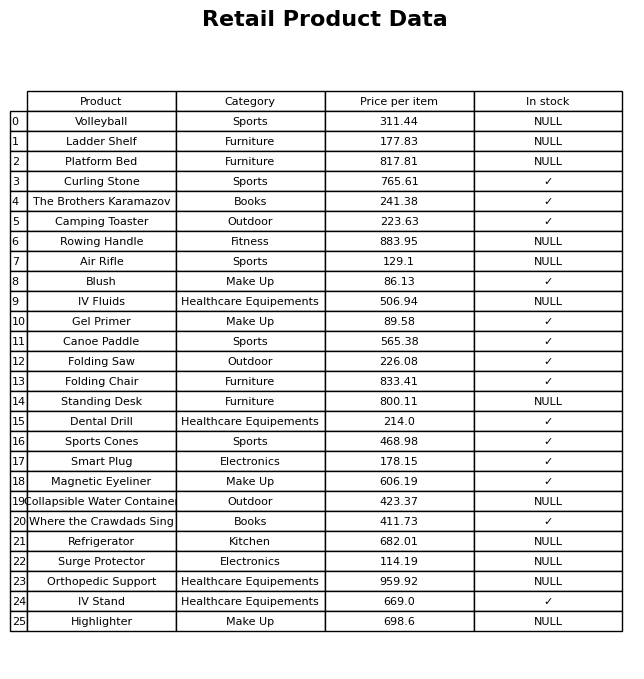
question: What is the stock status of the Gel Primer?
answer: ✓